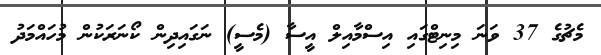
މެޗުގެ 37 ވަނަ މިނިޓްގައި އިސްމާއިލް އީސާ (މެސީ) ނަގައިދިން ކޯނަރަކުން މުހައްމަދު